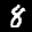
Label: 8